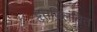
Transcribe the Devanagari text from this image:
द्रुतविलंबित